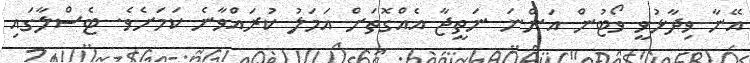
އޭނާ ވިދާޅުވީ ވޯޓުން އަންނަ ނަތީޖާ އެއްގޮތަށް އަމަލު ކުރައްވާނެ ކަމަށެވެ. ޓެސްލާގައި